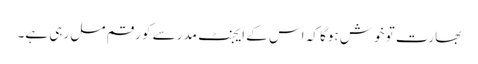
بھارت تو خوش ہوگا کہ اس کے ایجنٹ مدرسے کو رقم مل رہی ہے۔